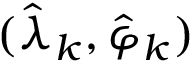
( \hat { \lambda } _ { k } , \hat { \varphi } _ { k } )